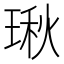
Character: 𤧐